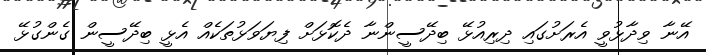
އޭނާ ވިދާޅުވީ އެރަށުގައި ދިރިއުޅޭ ބިދޭސީންނާ ދެކޮޅަށް ފިޔަވަޅުތަކެއް އެޅީ ބިދޭސީން ގެންގުޅޭ